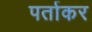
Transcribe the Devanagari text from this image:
पर्ताकर